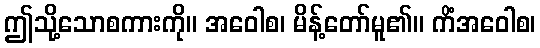
ဤသို့သောစကားကို။ အဝေါစ၊ မိန့်တော်မူ၏။ ကိံအဝေါစ၊